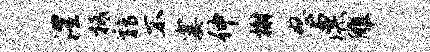
澧柢鹑不霎仲榭怒漂雕